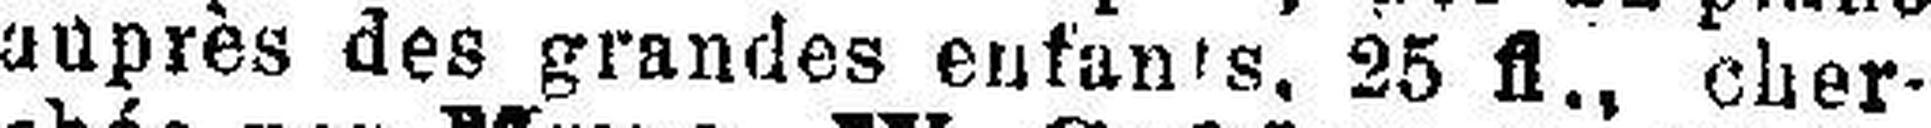
auprès des grandes enfan's, 25 fl., cher¬